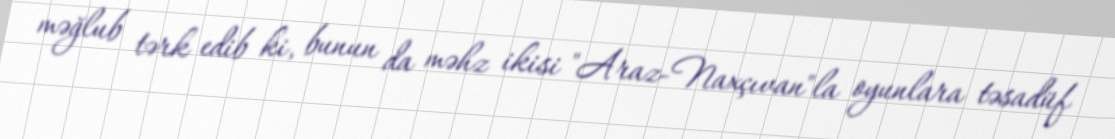
məğlub tərk edib ki, bunun da məhz ikisi "Araz-Naxçıvan"la oyunlara təsadüf